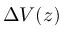
\Delta V ( z )